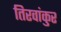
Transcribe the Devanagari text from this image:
तिरवांकुर